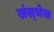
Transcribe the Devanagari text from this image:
संस्‍थेचा